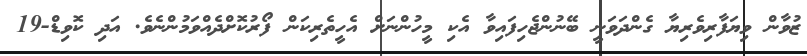
ޒުވާން ވިޔަފާރިވެރިޔާ ގެންދަވަނީ ބޭނުންޖެހިފައިވާ އެކި މީހުންނަށް އެހީތެރިކަން ފޯރުކޮށްދެއްވަމުންނެވެ. އަދި ކޮވިޑް-19